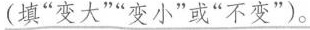
(填”变大””变小”或”不变”)。